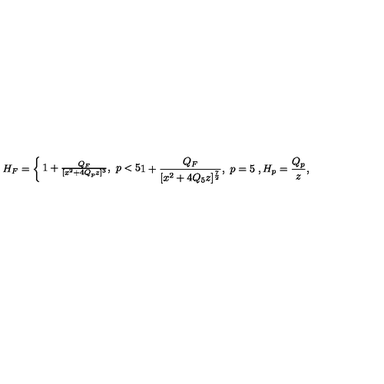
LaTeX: H _ { F } = \left\{ \begin{matrix} { 1 + { \frac { Q _ { F } } { [ x ^ { 2 } + 4 Q _ { p } z ] ^ { 3 } } } , \ p < 5 } \\ { 1 + { \frac { Q _ { F } } { [ x ^ { 2 } + 4 Q _ { 5 } z ] ^ { \frac { 7 } { 2 } } } } , \ p = 5 } \\ \end{matrix} \right. , H _ { p } = { \frac { Q _ { p } } { z } } ,